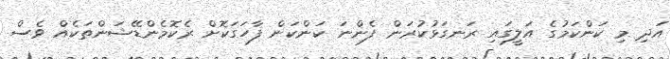
އަދި މި ކަންކަމުގެ އަލީގައި ރަނގަޅުކުރަން ފެންނަ ކަންކަން ފާހަގަކޮށް ރެކޮމެންޑޭޝަންތަކެއް ވެސް